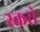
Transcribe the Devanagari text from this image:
स्करो